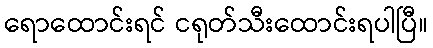
ရောထောင်းရင် ငရုတ်သီးထောင်းရပါပြီ။